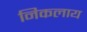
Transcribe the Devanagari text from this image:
निकलाय